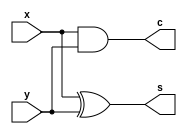

//Name: Nuthi Sriram 
//regno: CSE18083


module half_adder(x,y,s,c);
input x,y;
output s,c;
xor(s,x,y);
and(c,x,y);
endmodule